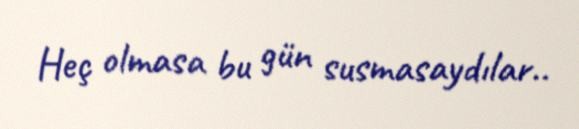
Heç olmasa bu gün susmasaydılar..